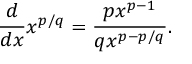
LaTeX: { \frac { d } { d x } } x ^ { p / q } = { \frac { p x ^ { p - 1 } } { q x ^ { p - p / q } } } .